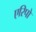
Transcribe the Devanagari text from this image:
एरिपो